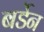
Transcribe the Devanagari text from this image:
बर्डेन